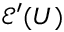
{ \mathcal { E } } ^ { \prime } ( U )